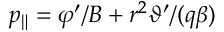
p _ { \| } = \varphi ^ { \prime } / B + r ^ { 2 } \vartheta ^ { \prime } / ( q \beta )